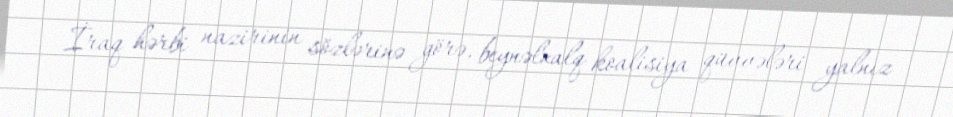
İraq hərbi nazirinin sözlərinə görə, beynəlxalq koalisiya qüvvələri yalnız